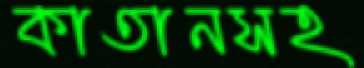
কাতানসহ